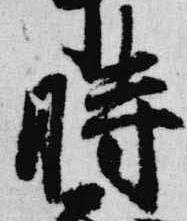
時